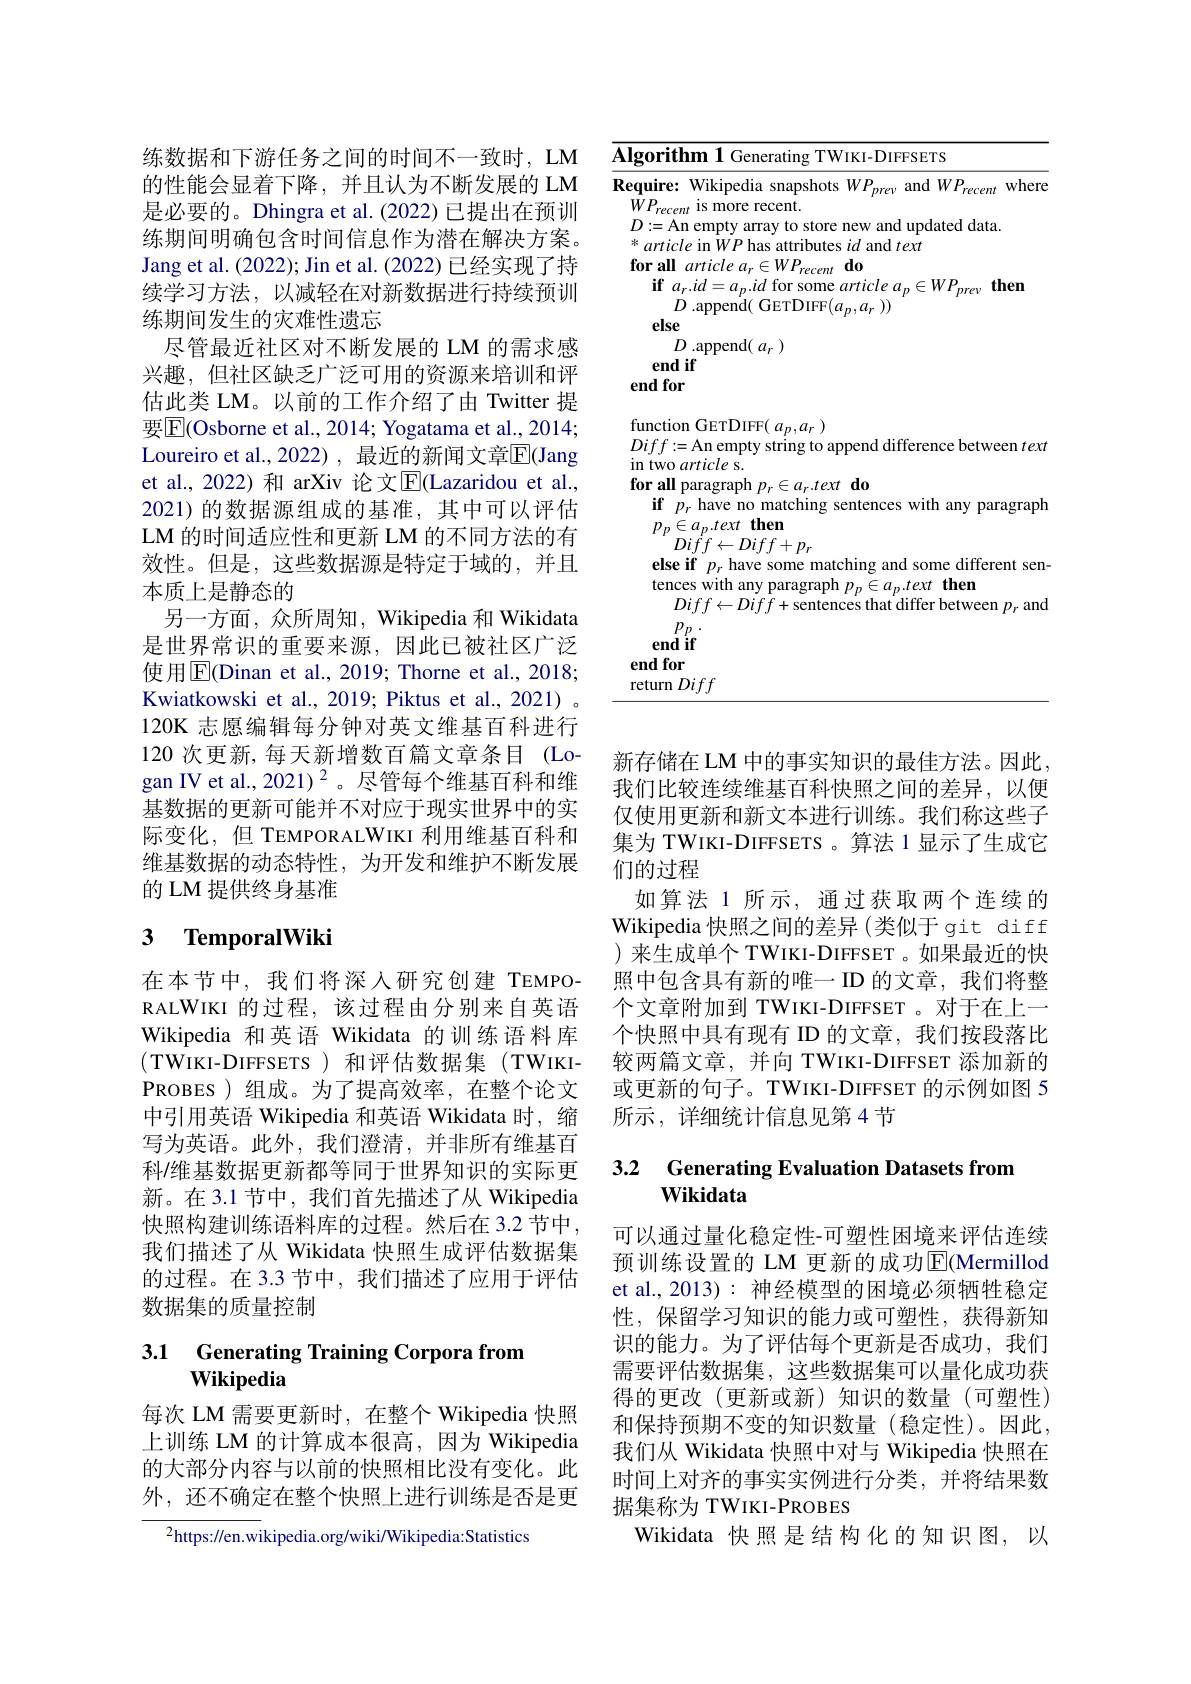
练数据和下游任务之间的时间不一致时，LM

的性能会显着下降，并且认为不断发展的 LM 是必要的。Dhingra et al.(2022) 已提出在预训练期间明确包含时间信息作为潜在解决方案。Jang et al. (2022); Jin et al. (2022) 已经实现了持续学习方法，以减轻在对新数据进行持续预训练期间发生的灾难性遗忘
尽管最近社区对不断发展的 LM 的需求感兴趣，但社区缺乏广泛可用的资源来培训和评估此类 LM。以前的工作介绍了由 Twitter 提要$\boxed{\mathrm{E}}($Osborne et al., 2014; Yogatama et al., 2014; Loureiro et al.,2022) ,最近的新闻文章$\overline{\mathrm{E}}($Jang et al., 2022) 和 arXiv 论文$\overline{\mathbb{E}}$(Lazaridou et al., 2021)的数据源组成的基准，其中可以评估LM 的时间适应性和更新 LM 的不同方法的有效性。但是，这些数据源是特定于域的，并且本质上是静态的
另一方面，众所周知，Wikipedia 和 Wikidata 是世界常识的重要来源，因此已被社区广泛使用$\overline{\mathrm{E}}($Dinan et al.,2019;Thorne et al.,2018; Kwiatkowski et al., 2019; Piktus et al., 2021) 。120K 志愿编辑每分钟对英文维基百科进行120 次更新，每天新增数百篇文章条目 (Logan IV et al.,2021)$^{2}$。尽管每个维基百科和维基数据的更新可能并不对应于现实世界中的实际变化，但 TEMPORALWIKI 利用维基百科和维基数据的动态特性，为开发和维护不断发展的 LM 提供终身基准

# 3 TemporalWiki

在本节中，我们将深入研究创建 TEMPORALWIKI 的过程，该过程由分别来自英语Wikipedia 和英语 Wikidata 的训练语料库(TWIKI-DIFFSETS)和评估数据集(TWIKIPROBES )组成。为了提高效率，在整个论文中引用英语 Wikipedia 和英语 Wikidata 时，缩写为英语。此外，我们澄清，并非所有维基百科/维基数据更新都等同于世界知识的实际更新。在 3.1 节中，我们首先描述了从 Wikipedia 快照构建训练语料库的过程。然后在 3.2 节中， 我们描述了从 Wikidata 快照生成评估数据集的过程。在 3.3 节中，我们描述了应用于评估数据集的质量控制

### 3.1 Generating Training Corpora from Wikipedia

每次 LM 需要更新时，在整个 Wikipedia 快照上训练 LM 的计算成本很高，因为 Wikipedia 的大部分内容与以前的快照相比没有变化。此外，还不确定在整个快照上进行训练是否是更

${^{2}\text{https://en.wikipedia.org/wiki/Wikipedia:Statistics}}$

<table>
	<tbody>
		<tr>
			<td>$\overline{\mathbf{II}}$ T 4 1</td>
			<td>$\mathbf{\Lambda}$lgorithm 1 Generating TWIKI-DIFFSETS</td>
			<td>ithm 1 Generating TWIKI-DIFFSETS</td>
		</tr>
		<tr>
			<td> </td>
			<td>else $D$ .append( $a_r)$ end if endfor</td>
			<td>lse $D$ .append( $a_r)$ ndif for</td>
		</tr>
	</tbody>
</table>

新存储在 LM 中的事实知识的最佳方法。因此， 我们比较连续维基百科快照之间的差异，以便仅使用更新和新文本进行训练。我们称这些子集为 TWIKI-DIFFSETS 。算法 1 显示了生成它们的过程
如算法 1 所示，通过获取两个连续的Wikipedia 快照之间的差异(类似于 git diff ) 来生成单个 TWIKI-DIFFSET 。如果最近的快照中包含具有新的唯一 ID 的文章，我们将整个文章附加到 TWIKI-DIFFSET 。对于在上一个快照中具有现有 ID 的文章，我们按段落比较两篇文章，并向 TWIKI-DIFFSET 添加新的或更新的句子。TWIKI-DIFFSET 的示例如图 5所示，详细统计信息见第4节

## 3.2 Generating Evaluation Datasets from Wikidata

可以通过量化稳定性-可塑性困境来评估连续预训练设置的 LM 更新的成功$\operatorname{E}($Mermillod et al., 2013): 神经模型的困境必须牺牲稳定性，保留学习知识的能力或可塑性，获得新知识的能力。为了评估每个更新是否成功，我们需要评估数据集，这些数据集可以量化成功获得的更改(更新或新)知识的数量(可塑性) 和保持预期不变的知识数量(稳定性)。因此， 我们从 Wikidata 快照中对与 Wikipedia 快照在时间上对齐的事实实例进行分类，并将结果数据集称为 TWIKI-PROBES
Wikidata 快照是结构化的知识图，以